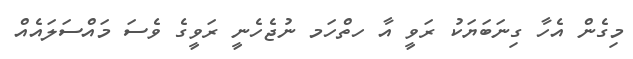
މިގެން އެހާ ގިނަބަޔަކު ރަވީ އާ ހތްހަމ ނުޖެހެނީ ރަވީގެ ވެސަ މައްސަލައެއް